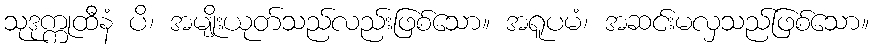
သုဒုက္ကုထီနံ ပိ၊ အမျိုးယုတ်သည်လည်းဖြစ်သော။ အရူပမံ၊ အဆင်းမလှသည်ဖြစ်သော။